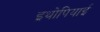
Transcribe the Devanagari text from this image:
इथोपियाई